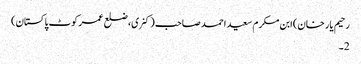
رحیم یار خان) ابن مکرم سعید احمد صاحب (کنری، ضلع عمر کوٹ پاکستان)
2۔